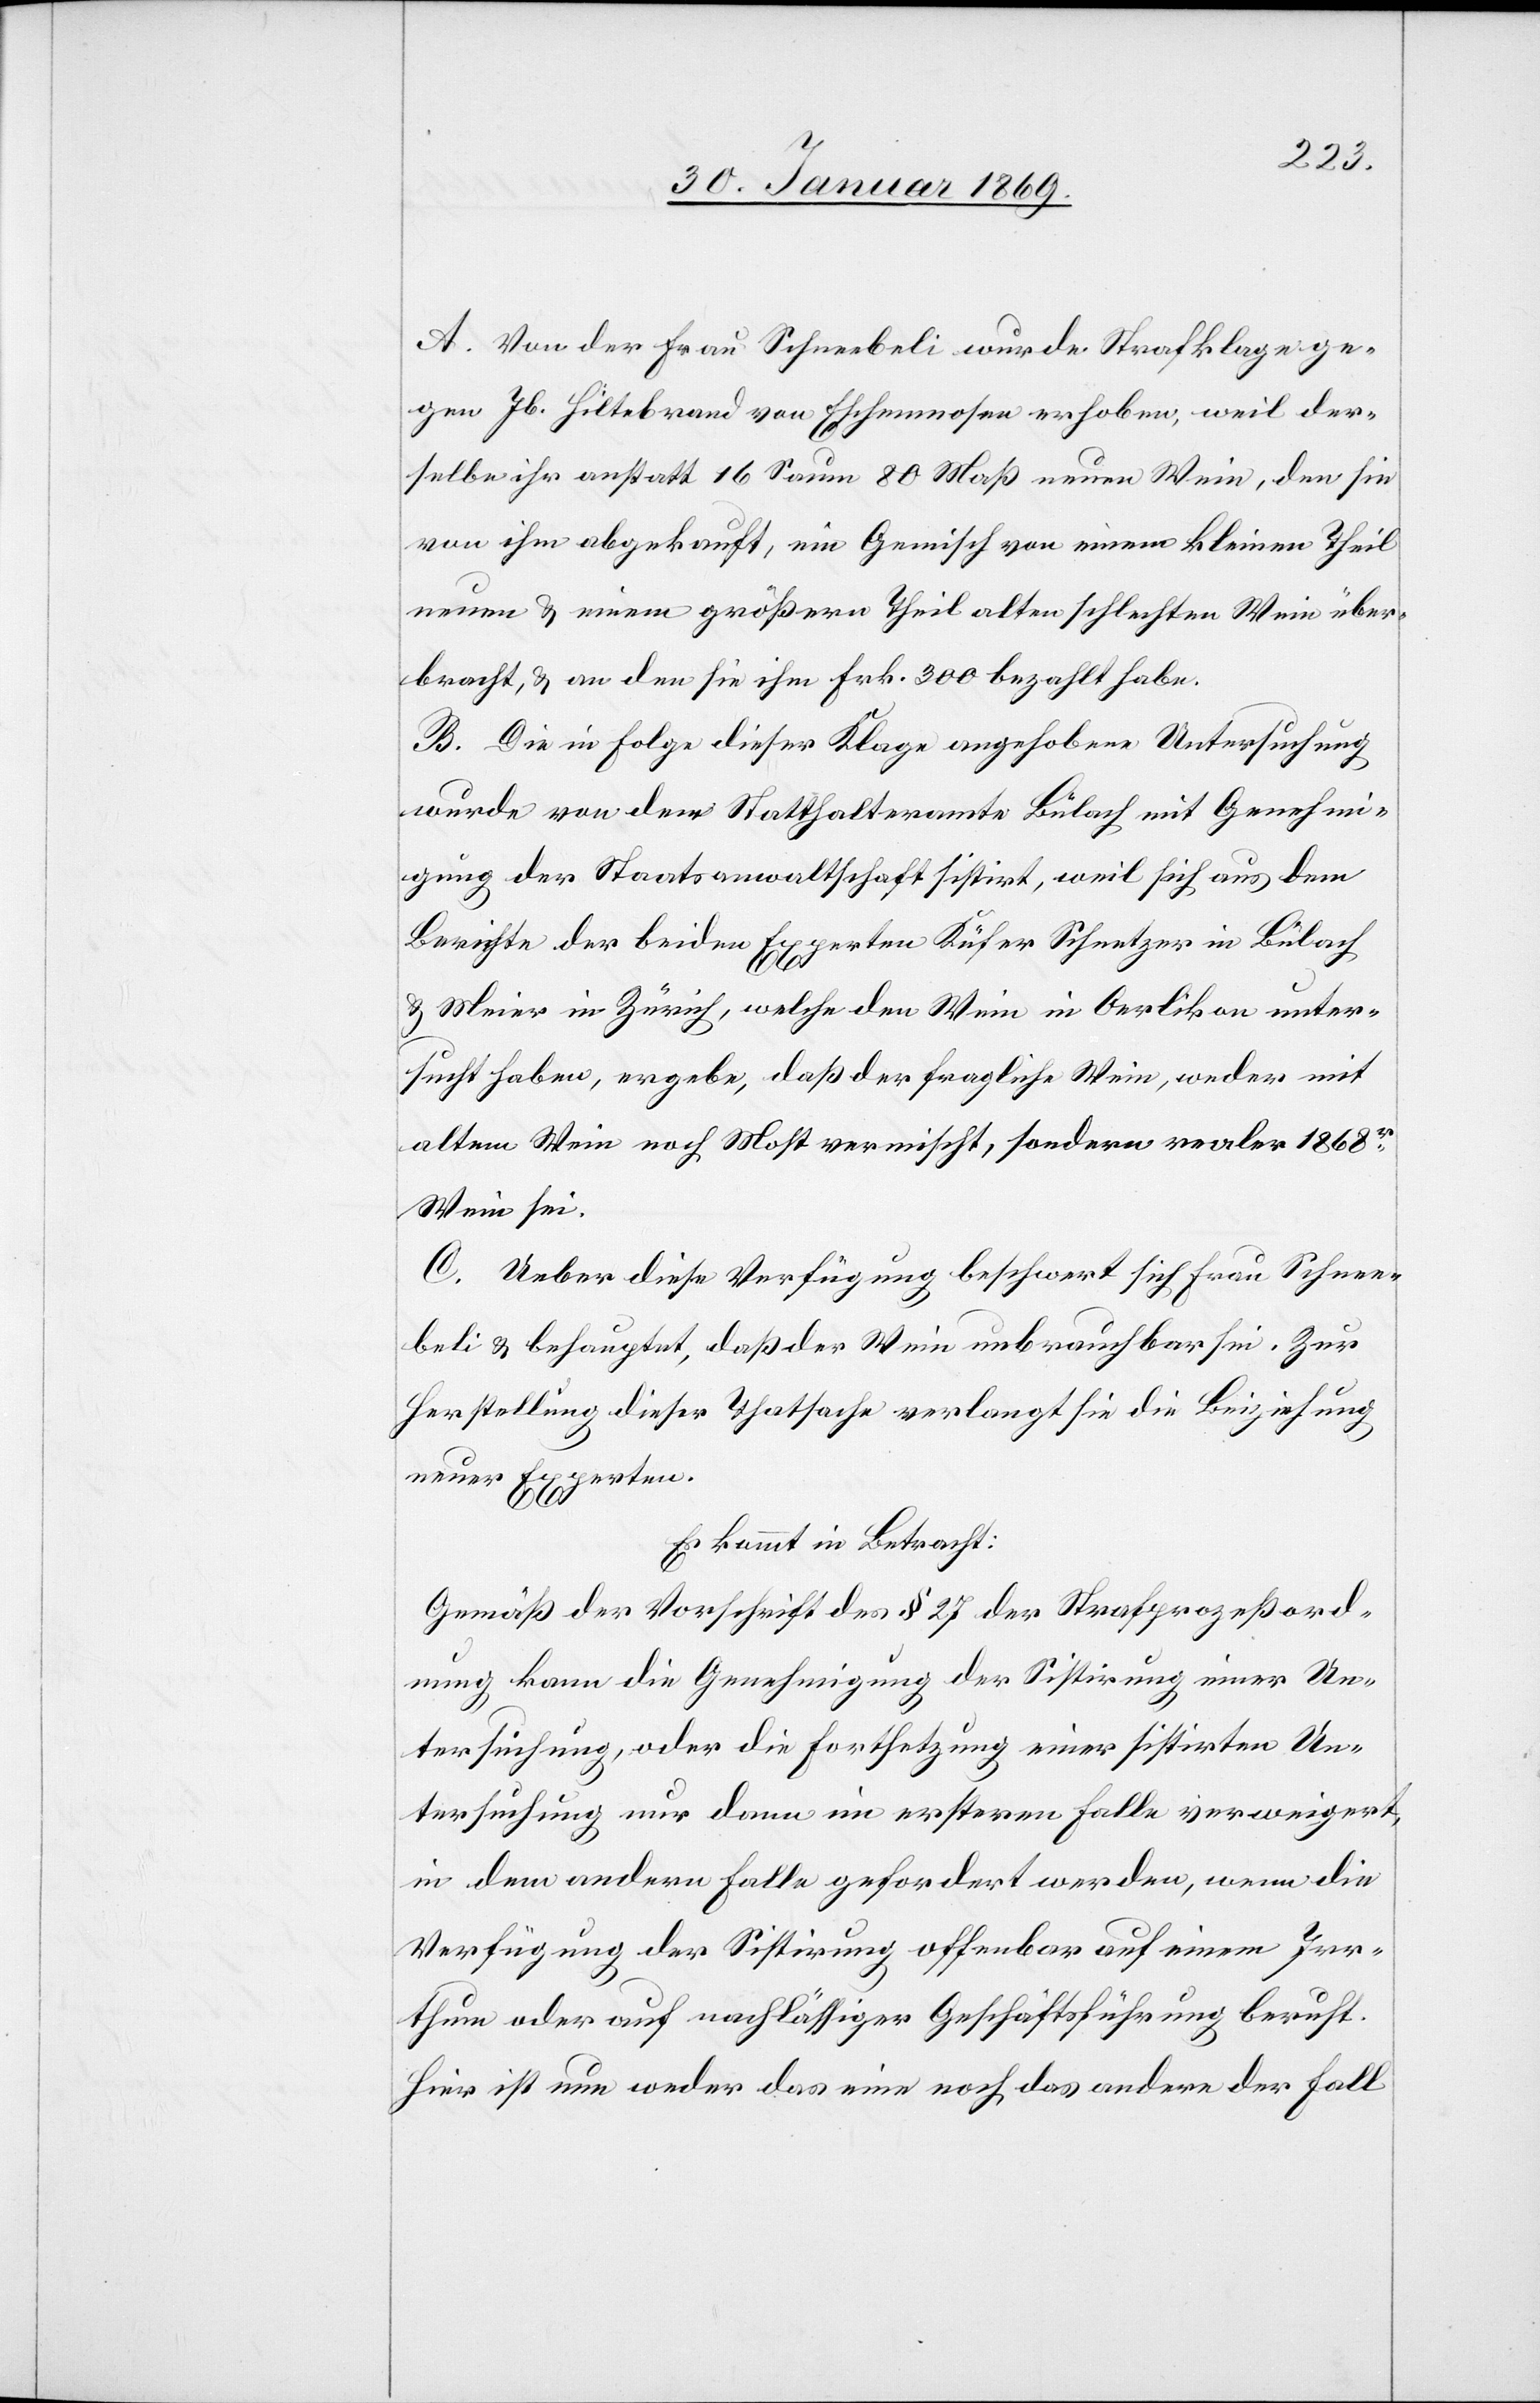
A. Von der Frau Schneebeli wurde Strafklage ge¬
gen Jb. Hiltebrand von Eschenmosen erhoben, weil der¬
selbe ihr anstatt 16 Saum 80 Maß neuen Wein, den sie
von ihm abgekauft, ein Gemisch von einem kleinen Theil
neuen u. einem größern Theil alten schlechten Wein über¬
bracht, u. an den sie ihm Frk. 300 bezahlt habe.
B. Die in Folge dieser Klage angehobene Untersuchung
wurde von der Statthalteramte Bülach mit Genehmi¬
gung der Staatsanwaltschaft sistirt, weil sich aus dem
Berichte der beiden Experten Küfer Schnetzer in Bülach
u. Meier in Zürich, welche den Wein in Oerlikon unter¬
sucht haben, ergebe, daß der fragliche Wein, weder mit
altem Wein noch Most vermischt, sondern realer 1868er
Wein sei.
C. Ueber diese Verfügung beschwert sich Frau Schnee¬
beli u. behauptet, daß der Wein unbrauchbar sei. Zur
Herstellung dieser Thatsache verlangt sie die Beiziehung
neuer Experten.
Es kommt in Betracht:
Gemäß der Vorschrift des § 27 der Strafprozeßord¬
nung kann die Genehmigung der Sistirung einer Un¬
tersuchung, oder die Fortsetzung einer sistirten Un¬
tersuchung nur dann im erstern Falle verweigert,
in dem andern Falle gefordert werden, wenn die
Verfügung der Sistirung offenbar auf einem Irr¬
thum oder auf nachlässiger Geschäftsführung beruht.
Hier ist nun weder das eine noch das andere der Fall